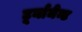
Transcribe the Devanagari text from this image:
टूर्नामेन्ट